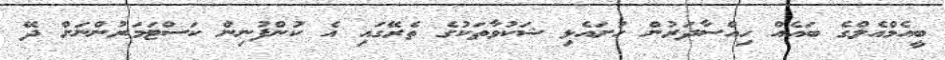
ބީއެމްއެލްގެ ބައެއް ހިއްސާދަރުން ހުށައެޅި ޝަކުވާތަކުގެ ތެރޭގައި އެ ކުންފުނިން ކަސްޓަމަރުންނަށް ދޭ